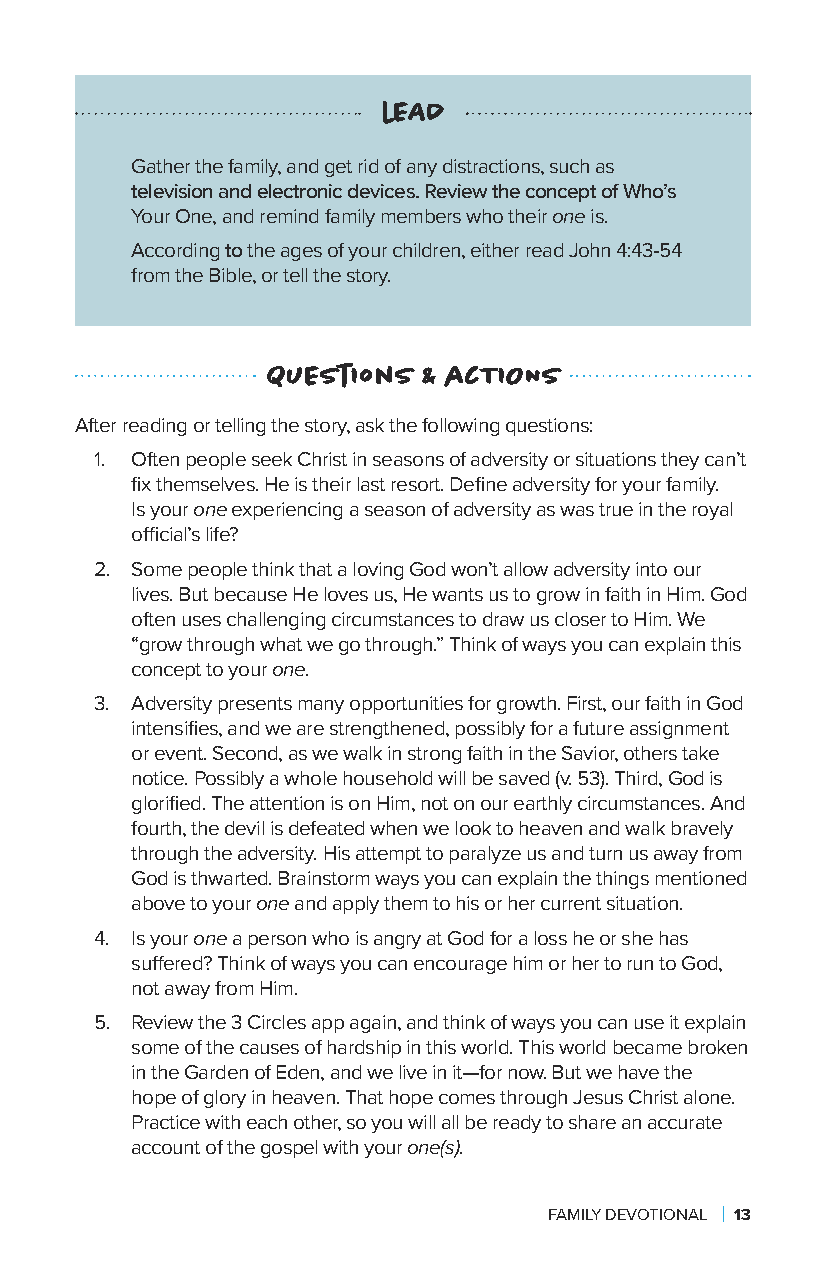
lEAD
 Gather the family, and get rid of any distractions, such as
 television and electronic devices. Review the concept of Who’s
 Your One, and remind family members who their one is.
 According to the ages of your children, either read John 4:43-54
 from the Bible, or tell the story.
 QuEstIons & acTIONS
 After reading or telling the story, ask the following questions:
 1. Often people seek Christ in seasons of adversity or situations they can’t
 fix themselves. He is their last resort. Define adversity for your family.
 Is your one experiencing a season of adversity as was true in the royal
 official’s life?
 2. Some people think that a loving God won’t allow adversity into our
 lives. But because He loves us, He wants us to grow in faith in Him. God
 often uses challenging circumstances to draw us closer to Him. We
 “grow through what we go through.” Think of ways you can explain this
 concept to your one.
 3. Adversity presents many opportunities for growth. First, our faith in God
 intensifies, and we are strengthened, possibly for a future assignment
 or event. Second, as we walk in strong faith in the Savior, others take
 notice. Possibly a whole household will be saved (v. 53). Third, God is
 glorified. The attention is on Him, not on our earthly circumstances. And
 fourth, the devil is defeated when we look to heaven and walk bravely
 through the adversity. His attempt to paralyze us and turn us away from
 God is thwarted. Brainstorm ways you can explain the things mentioned
 above to your one and apply them to his or her current situation.
 4. Is your one a person who is angry at God for a loss he or she has
 suffered? Think of ways you can encourage him or her to run to God,
 not away from Him.
 5. Review the 3 Circles app again, and think of ways you can use it explain
 some of the causes of hardship in this world. This world became broken
 in the Garden of Eden, and we live in it—for now. But we have the
 hope of glory in heaven. That hope comes through Jesus Christ alone.
 Practice with each other, so you will all be ready to share an accurate
 account of the gospel with your one(s).
 FAMILY DEVOTIONAL | 13